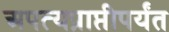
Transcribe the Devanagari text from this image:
अपत्यप्राप्तीपर्यंत